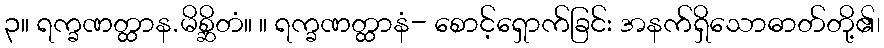
၃။ ရက္ခဏတ္ထာန.မိစ္ဆိတံ။ ။ ရက္ခဏတ္ထာနံ- စောင့်ရှောက်ခြင်း အနက်ရှိသောဓာတ်တို့၏၊